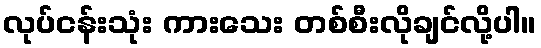
လုပ်ငန်းသုံး ကားသေး တစ်စီးလိုချင်လို့ပါ။